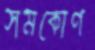
সমকোণ